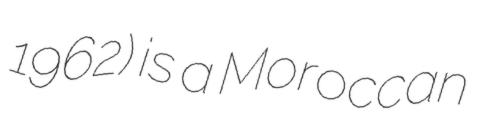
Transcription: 1962) is a Moroccan